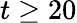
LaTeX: t\geq 20